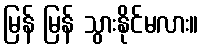
မြန် မြန် သွားနိုင်မလား။